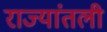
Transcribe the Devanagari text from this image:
राज्यांतली